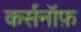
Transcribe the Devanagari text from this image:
कर्सनॉफ़